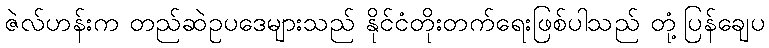
ဇဲလ်ဟန်းက တည်ဆဲဥပဒေများသည် နိုင်ငံတိုးတက်ရေးဖြစ်ပါသည် တုံ့ပြန်ချေပ